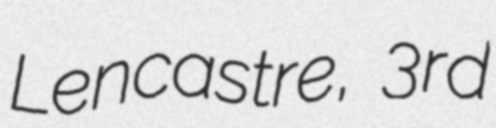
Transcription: Lencastre, 3rd